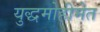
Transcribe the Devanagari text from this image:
युद्धमोहीमेत